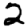
Digit: 2